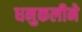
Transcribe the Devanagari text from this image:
धनुकलीने